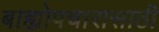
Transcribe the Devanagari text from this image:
बाह्योपचारासाठी